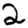
Digit: 2